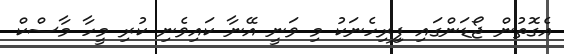
އެގޮތުން ޖޯޑަންގައި ފިިރިހެނަކު މި ވަނީ އޭނާ ކައިވެނި ކުރި މީހާ މާސްކް